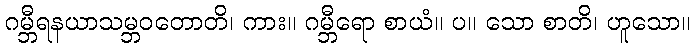
ဂမ္ဘီရနယာသမ္ဘဝတောတိ၊ ကား။ ဂမ္ဘီရော စာယံ။ ပ။ သော စာတိ၊ ဟူသော။